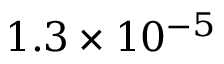
1 . 3 \times 1 0 ^ { - 5 }